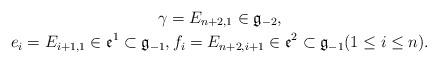
LaTeX: \begin{gather*}\gamma =E_{n+2,1}\in \mathfrak{g}_{-2},\\e_i =E_{i+1,1}\in\mathfrak{e}^1\subset \mathfrak{g}_{-1},f_i=E_{n+2,i+1}\in\mathfrak{e}^2\subset \mathfrak{g}_{-1}(1\leq i\leq n).\end{gather*}